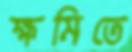
ক্ষমিতে